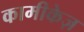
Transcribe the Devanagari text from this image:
कामीकेज़